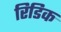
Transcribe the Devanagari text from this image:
रिडिक